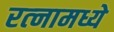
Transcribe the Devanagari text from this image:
रत्‍नामध्ये